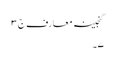
گنجینہ معارف ج ٣
٧۔